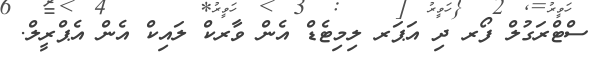
ސްޓްރަގުލް ފޯރ ދި އަޕަރ ލިމިޓެޑް އެން ވާރކް ލައިކް އެން އެޕްރީލް.